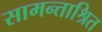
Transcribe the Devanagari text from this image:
सामन्ताश्रित